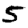
Digit: 5